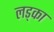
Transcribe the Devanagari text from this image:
लड्का